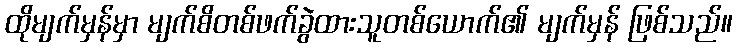
ထိုမျက်မှန်မှာ မျက်စိတစ်ဖက်ခွဲထားသူတစ်ယောက်၏ မျက်မှန် ဖြစ်သည်။